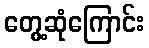
တွေ့ဆုံကြောင်း